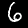
Digit: 6